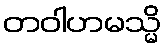
တဝါဟမသ္မိ